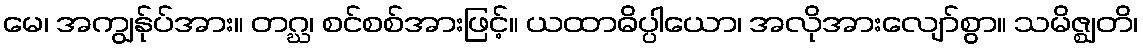
မေ၊ အကျွန်ုပ်အား။ တဂ္ဃ၊ စင်စစ်အားဖြင့်။ ယထာဓိပ္ပါယော၊ အလိုအားလျော်စွာ။ သမိဇ္ဈတိ၊